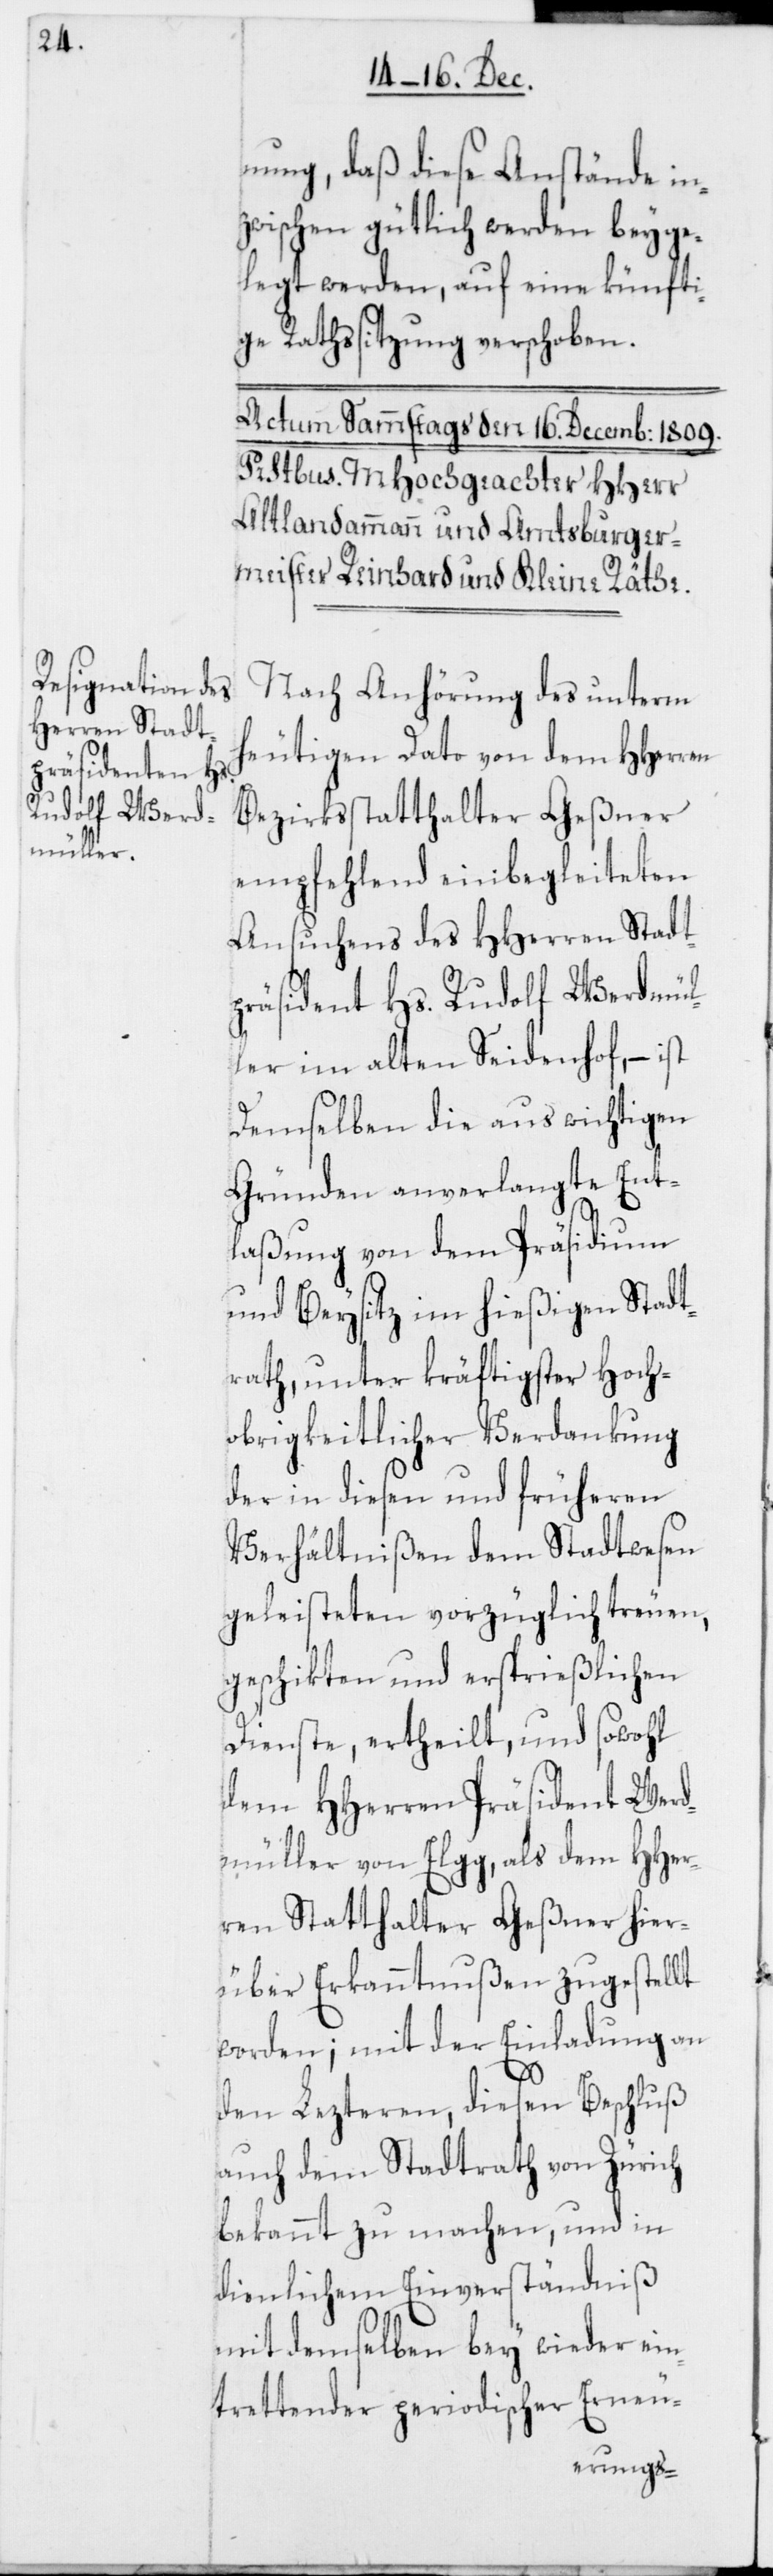
nung, daß diese Anstände in¬
zwischen gütlich werden beyge¬
legt werden, auf eine künfti¬
ge Rathssitzung verschoben.
Nach Anhörung des unterm
heutigen Dato von dem HHerren
Bezirksstatthalter Geßner
empfehlend einbegleiteten
Ansuchens des HHerren Stadt¬
präsident Hs. Rudolf Werdmül¬
ler im alten Seidenhof, – ist
Demselben die aus wichtigen
Gründen anverlangte Ent¬
laßung von dem Präsidium
und Beysitz im hießigen Stadt¬
rath, unter kräftigster Hoch¬
obrigkeitlicher Verdankung
der in diesen und früheren
Verhältnißen dem Stadtwesen
geleisteten vorzüglich treuen,
geschikten und ersprießlichen
Dienste, ertheilt, und sowohl
dem HHerren Präsident Werd¬
müller von Elgg, als dem HHer¬
ren Statthalter Geßner hier¬
über Erkanntnußen zugestellt
worden; mit der Einladung an
den Lezteren, diesen Beschluß
auch dem Stadtrath von Zürich
bekannt zu machen, und in
dienlichem Einverständniß
mit demselben bey wieder ein¬
trettender periodischer Erneu-